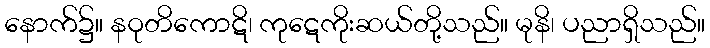
နောက်၌။ နဝုတိကောဋိ၊ ကုဋေကိုးဆယ်တို့သည်။ မုနိ၊ ပညာရှိသည်။